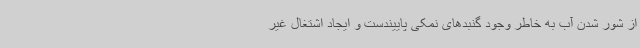
از شور شدن آب به خاطر وجود گنبدهای نمکی پاییندست و ایجاد اشتغال غیر